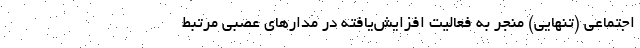
اجتماعی (تنهایی) منجر به فعالیت افزایش‌یافته در مدار‌های عصبیِ مرتبط